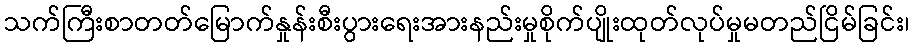
သက်ကြီးစာတတ်မြောက်နှုန်းစီးပွားရေးအားနည်းမှုစိုက်ပျိုးထုတ်လုပ်မှုမတည်ငြိမ်ခြင်း၊